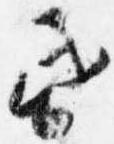
昏